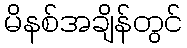
မိနစ်အချိန်တွင်